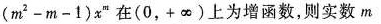
( m ^ { 2 } - m - 1 ) x ^ { m }$$在(0，+∞)上为增函数，则实数m